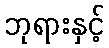
ဘုရားနှင့်